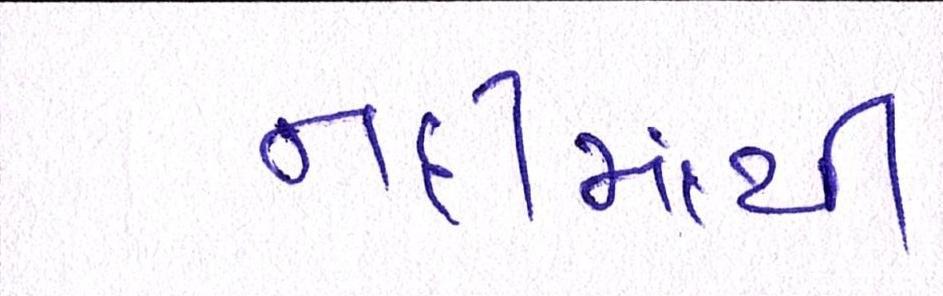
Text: નદીમાંથી